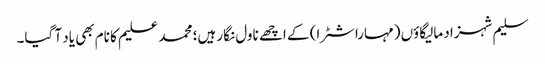
سلیم شہزاد مالیگاؤں (مہاراشٹرا) کے اچھے ناول نگار ہیں؛ محمد علیم کا نام بھی یاد آ گیا۔